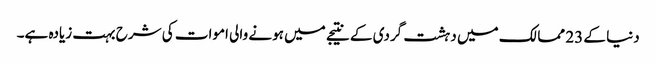
دنیا کے 23 ممالک میں دہشت گردی کے نتیجے میں ہونے والی اموات کی شرح بہت زیادہ ہے۔